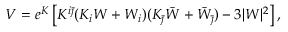
V = e ^ { K } \left[ K ^ { i \bar { \jmath } } ( K _ { i } W + W _ { i } ) ( K _ { \bar { \jmath } } \bar { W } + \bar { W } _ { \bar { \jmath } } ) - 3 | W | ^ { 2 } \right] ,